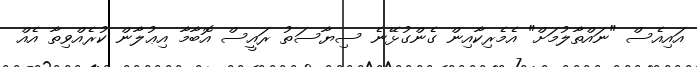
އައިއެސް "ނައްތާލުމަށް" އެމެރިކާއިން ގެންގުޅޭނެ ސިޔާސަތު ރައީސް އޮބާމާ އިޢުލާން ކުރެއްވިތާ އެއް